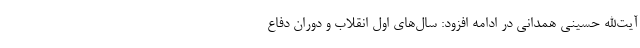
آیت‌الله حسینی همدانی در ادامه افزود: سال‌های اول انقلاب و دوران دفاع